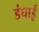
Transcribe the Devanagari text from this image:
डंघाई